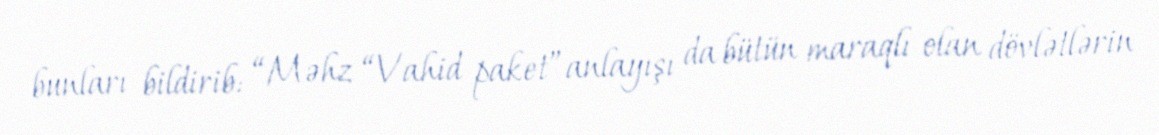
bunları bildirib: “Məhz “Vahid paket”anlayışı da bütün maraqlı olan dövlətlərin